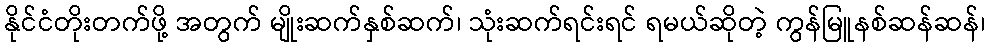
နိုင်ငံတိုးတက်ဖို့ အတွက် မျိုးဆက်နှစ်ဆက်၊ သုံးဆက်ရင်းရင် ရမယ်ဆိုတဲ့ ကွန်မြူနစ်ဆန်ဆန်၊